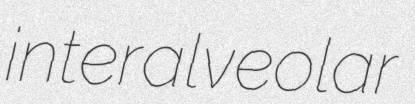
interalveolar